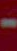
-